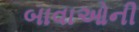
બાવાઓની